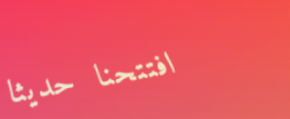
افتتحنا حديثاً